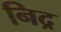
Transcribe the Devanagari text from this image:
निद्र